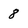
Character: 8